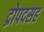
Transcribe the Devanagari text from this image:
द्रोपदसह